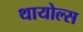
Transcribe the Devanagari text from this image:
थायोल्स